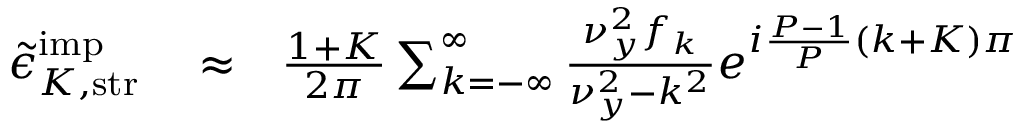
\begin{array} { r l r } { \tilde { \epsilon } _ { K , \mathrm { s t r } } ^ { \mathrm { i m p } } } & { { } \approx } & { \frac { 1 + K } { 2 \pi } \sum _ { k = - \infty } ^ { \infty } \frac { \nu _ { y } ^ { 2 } f _ { k } } { \nu _ { y } ^ { 2 } - k ^ { 2 } } e ^ { i \frac { P - 1 } { P } ( k + K ) \pi } } \end{array}